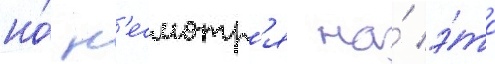
но́ н'есмотр'я на́ э́то